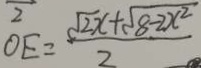
O E = \frac { \sqrt { 2 } x + \sqrt { 8 - 2 x ^ { 2 } } } { 2 }